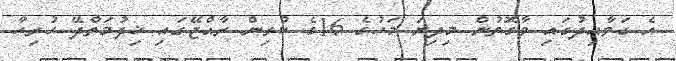
އެ ގަވާއިދުގައި ވާގޮތުން މިދިޔަ މަހުގެ 16ގެ ކުރިން ރާއްޖޭގައި ޚިދުމަތްދޭ ހުރިހާ